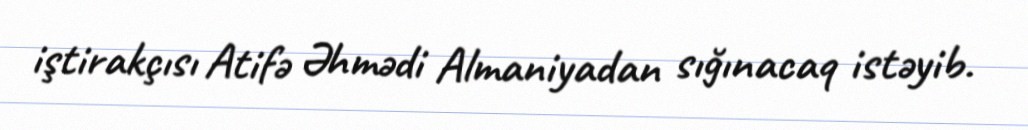
iştirakçısı Atifə Əhmədi Almaniyadan sığınacaq istəyib.